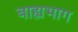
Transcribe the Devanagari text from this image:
बाह्यभाग